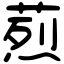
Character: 𦶣